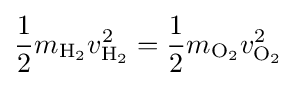
{\frac {1}{2}}m_{\rm {H_{2}}}v_{\rm {H_{2}}}^{2}={\frac {1}{2}}m_{\rm {O_{2}}}v_{\rm {O_{2}}}^{2}